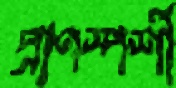
প্রাণস্পর্শী